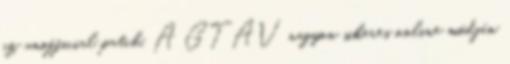
az unofficial patch. A GTAV nagyon sikeres online módján